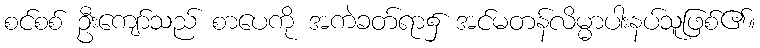
စင်စစ် ဦးကျော်သည် စာပေကို အကဲခတ်ရာ၌ အင်မတန်လိမ္မာပါးနပ်သူဖြစ်၏။